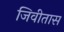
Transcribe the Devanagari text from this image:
जिवीतास